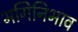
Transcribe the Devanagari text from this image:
भगिनिभाव